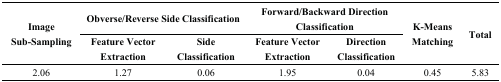
<table><thead><tr><td rowspan="2"><b>Image Sub-Sampling</b></td><td colspan="2"><b>Obverse/Reverse Side Classification</b></td><td colspan="2"><b>Forward/Backward Direction Classification</b></td><td rowspan="2"><b>K-Means Matching</b></td><td rowspan="2"><b>Total</b></td></tr><tr><td><b>Feature Vector Extraction</b></td><td><b>Side Classification</b></td><td><b>Feature Vector Extraction</b></td><td><b>Direction Classification</b></td></tr></thead><tbody><tr><td>2.06</td><td>1.27</td><td>0.06</td><td>1.95</td><td>0.04</td><td>0.45</td><td>5.83</td></tr></tbody></table>